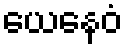
ယေနေဝံ